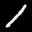
Label: 1